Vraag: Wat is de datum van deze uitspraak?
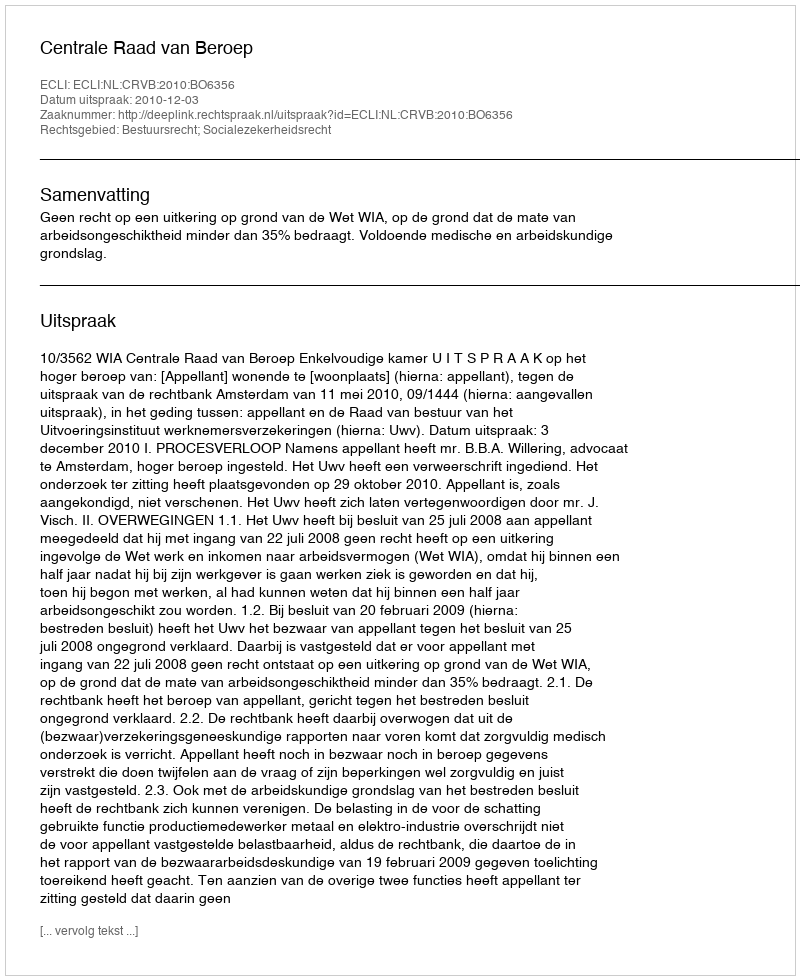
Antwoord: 2010-12-03